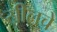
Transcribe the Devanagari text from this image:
सीलचे